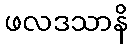
ဖလဒသာနိ